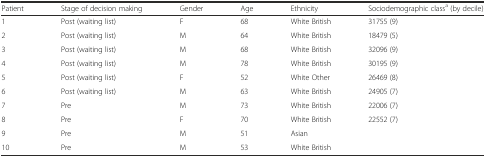
<table><thead><tr><td><b>Patient</b></td><td><b>Stage of decision making</b></td><td><b>Gender</b></td><td><b>Age</b></td><td><b>Ethnicity</b></td><td><b>Sociodemographic class<sup>a</sup> (by decile)</b></td></tr></thead><tbody><tr><td>1</td><td>Post (waiting list)</td><td>F</td><td>68</td><td>White British</td><td>31755 (9)</td></tr><tr><td>2</td><td>Post (waiting list)</td><td>M</td><td>64</td><td>White British</td><td>18479 (5)</td></tr><tr><td>3</td><td>Post (waiting list)</td><td>M</td><td>68</td><td>White British</td><td>32096 (9)</td></tr><tr><td>4</td><td>Post (waiting list)</td><td>M</td><td>78</td><td>White British</td><td>30195 (9)</td></tr><tr><td>5</td><td>Post (waiting list)</td><td>F</td><td>52</td><td>White Other</td><td>26469 (8)</td></tr><tr><td>6</td><td>Post (waiting list)</td><td>M</td><td>63</td><td>White British</td><td>24905 (7)</td></tr><tr><td>7</td><td>Pre</td><td>M</td><td>73</td><td>White British</td><td>22006 (7)</td></tr><tr><td>8</td><td>Pre</td><td>F</td><td>70</td><td>White British</td><td>22552 (7)</td></tr><tr><td>9</td><td>Pre</td><td>M</td><td>51</td><td>Asian</td><td></td></tr><tr><td>10</td><td>Pre</td><td>M</td><td>53</td><td>White British</td><td></td></tr></tbody></table>